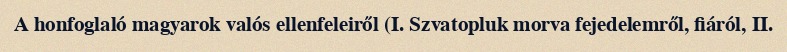
A honfoglaló magyarok valós ellenfeleiről (I. Szvatopluk morva fejedelemről, fiáról, II.